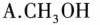
A.CH_{3} OH